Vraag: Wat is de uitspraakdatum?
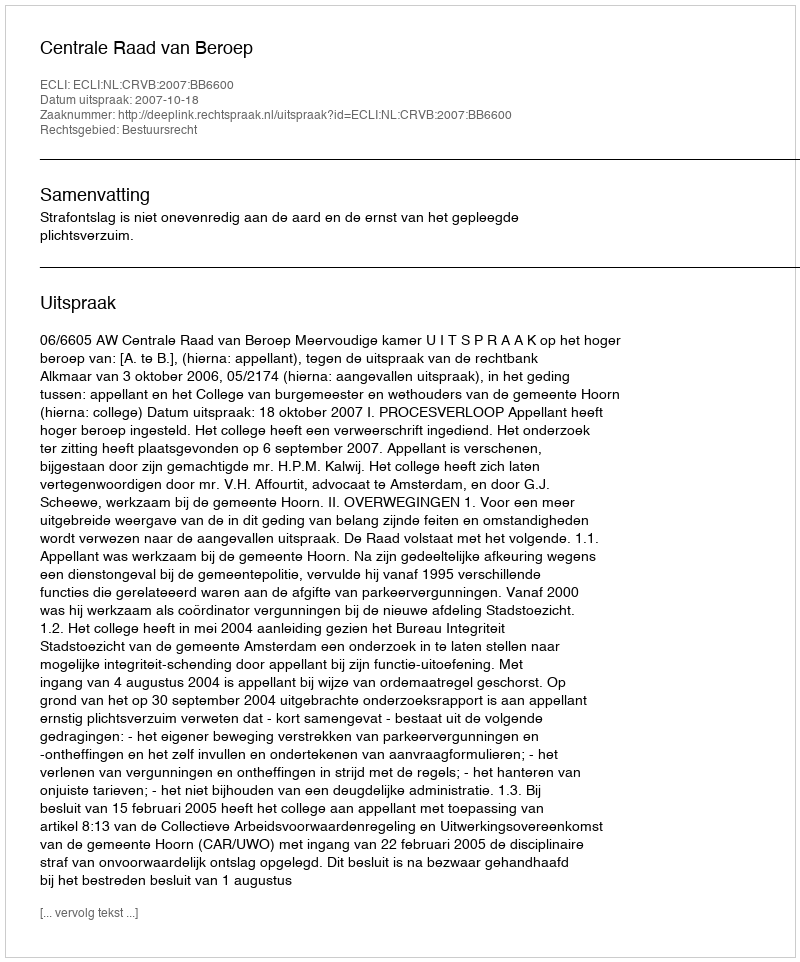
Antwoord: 2007-10-18